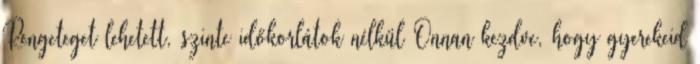
Rengeteget lehetett, szinte időkorlátok nélkül Onnan kezdve, hogy gyerekeid